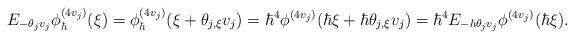
LaTeX: \begin{align*}E_{-\theta_{j}v_{j}}\phi_{\hbar}^{(4v_{j})}(\xi)=\phi_{\hbar}^{(4v_{j})}(\xi+\theta_{j,\xi} v_{j})=\hbar^{4}\phi^{(4v_{j})}(\hbar\xi+\hbar\theta_{j,\xi} v_{j})=\hbar^{4}E_{-\hbar\theta_{j}v_{j}}\phi^{(4 v_{j})}(\hbar\xi).\end{align*}